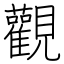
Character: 觀